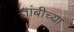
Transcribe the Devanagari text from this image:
तांबीच्या